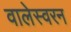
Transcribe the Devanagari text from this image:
वालेस्वरन